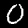
Digit: 0